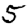
Digit: 5